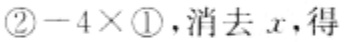
\textcircled{2}$-4\times$\textcircled{1},消去\(x\),得